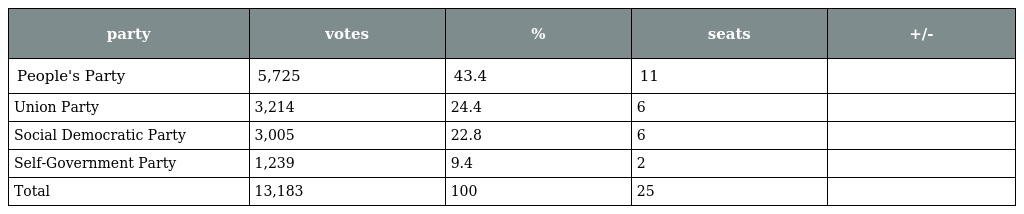
| party | votes | % | seats | +/- |
 | --- | --- | --- | --- | --- |
 | People's Party | 5,725 | 43.4 | 11 |  |
 | Union Party | 3,214 | 24.4 | 6 |  |
 | Social Democratic Party | 3,005 | 22.8 | 6 |  |
 | Self-Government Party | 1,239 | 9.4 | 2 |  |
 | Total | 13,183 | 100 | 25 |  |